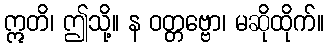
ဣတိ၊ ဤသို့။ န ဝတ္တဗ္ဗော၊ မဆိုထိုက်။